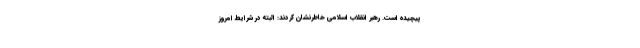
پیچیده است. رهبر انقلاب اسلامی خاطرنشان کردند: البته در شرایط امروز